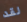
لقد